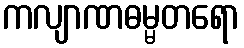
ကလျာဏဓမ္မတရော